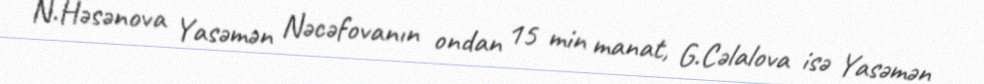
N.Həsənova Yasəmən Nəcəfovanın ondan 15 min manat, G.Cəlalova isə Yasəmən